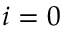
i = 0